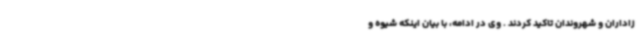
زاداران و شهروندان تاکید کردند . وی در ادامه، با بیان اینکه شیوه و